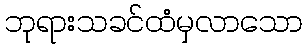
ဘုရားသခင်ထံမှလာသော